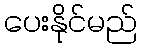
ပေးနိုင်မည်